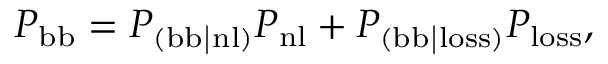
P _ { \mathrm { b b } } = P _ { \mathrm { ( b b | n l ) } } P _ { \mathrm { n l } } + P _ { \mathrm { ( b b | l o s s ) } } P _ { \mathrm { l o s s } } ,